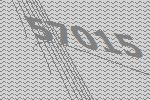
57015